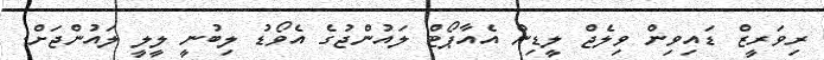
ރިވަރީޒް ޑައިވިން ވިލެޖް ލީޑިން އެއާޕޯޓް ލައުންޖުގެ އެވޯޑު ލިބުނީ ލީލީ ލައުންޖަށް.